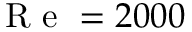
\mathrm { ~ R ~ e ~ } = 2 0 0 0